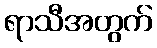
ရာသီအတွက်